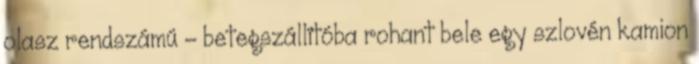
olasz rendszámú - betegszállítóba rohant bele egy szlovén kamion